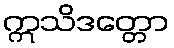
ဣသိဒတ္တော